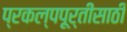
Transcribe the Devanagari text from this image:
प्रकल्पपूर्तीसाठी